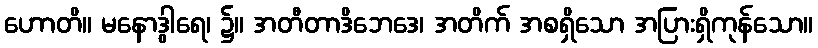
ဟောတိ။ မနောဒွါရေ၊ ၌။ အတီတာဒိဘေဒေ၊ အတိက် အစရှိသော အပြားရှိကုန်သော။